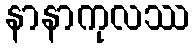
နာနာကုလဿ